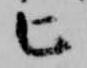
匕